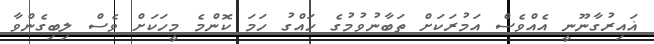
ޣައިރުގާނޫނީ އެއްވެސް އަމުރަކަށް ތަބާނުވުމުގެ ހައްގު ހަމަ ކޮންމެ މީހަކަށް ވެސް ލިބިގެންވާ